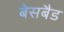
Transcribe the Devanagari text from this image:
बेसबैड